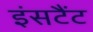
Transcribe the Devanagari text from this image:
इंसटैंट